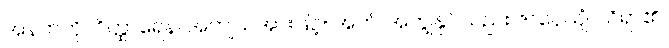
အနက်ကို။ ဝိတ္ထာရေန၊ အကျယ်အားဖြင့်။ အဟံ၊ အကျွန်ုပ်သည်။ ဇာနေယျံ၊ သိရာ၏။